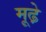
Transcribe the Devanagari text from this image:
मूढे़